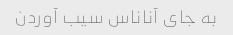
به جای آناناس سیب آوردن